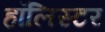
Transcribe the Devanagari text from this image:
हॉलिस्टर